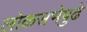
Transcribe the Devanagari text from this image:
लोकसभेपुढे